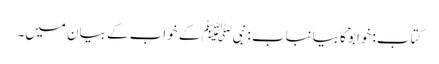
کتاب: خوابوؑ کا بیانباب : نبیﷺ کے خواب کے بیان میں۔